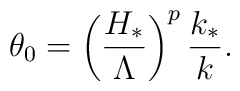
\theta_0=\left(\frac{H_*}{\Lambda}\right)^p  \frac{k_*}{k}.